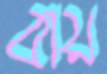
বায়